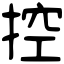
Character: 控